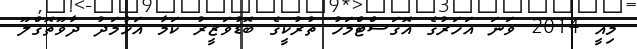
މިއީ 2014 ވަނަ އަހަރުގެ އޮގަސްޓްމަހު ތުރުކީގެ ބޮޑުވަޒީރު ކަމާ އަހުމަދު ދާވޫތޮގްލޫ